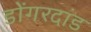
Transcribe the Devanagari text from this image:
डोंगरदांड